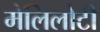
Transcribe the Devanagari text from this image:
मेलिलोटी